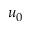
u _ { 0 }